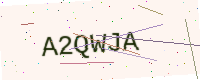
Text: A2QWJA